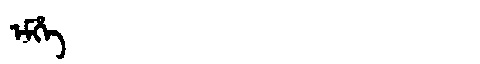
Manchu: ᡝᠮᡥᡝ
Romanization: EMHE